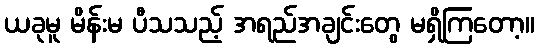
ယခုမူ မိန်းမ ပီသသည့် အရည်အချင်းတွေ မရှိကြတော့။